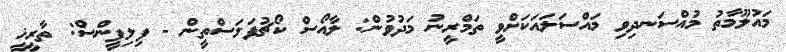
މައުލޫމާތު މުއްސަނދިވި މައްސަލައަކަށްވީ ތަމްރީނު މަދުވުން: ލާއޯސް ކޯޗުފަލަސްތީން - ފިލިޕީންސް: ތާރީޚީ